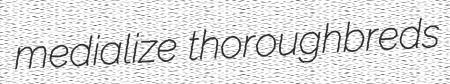
medialize thoroughbreds